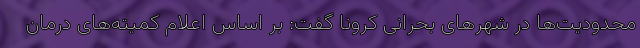
محدودیت‌ها در شهرهای بحرانی کرونا گفت: بر اساس اعلام کمیته‌های درمان